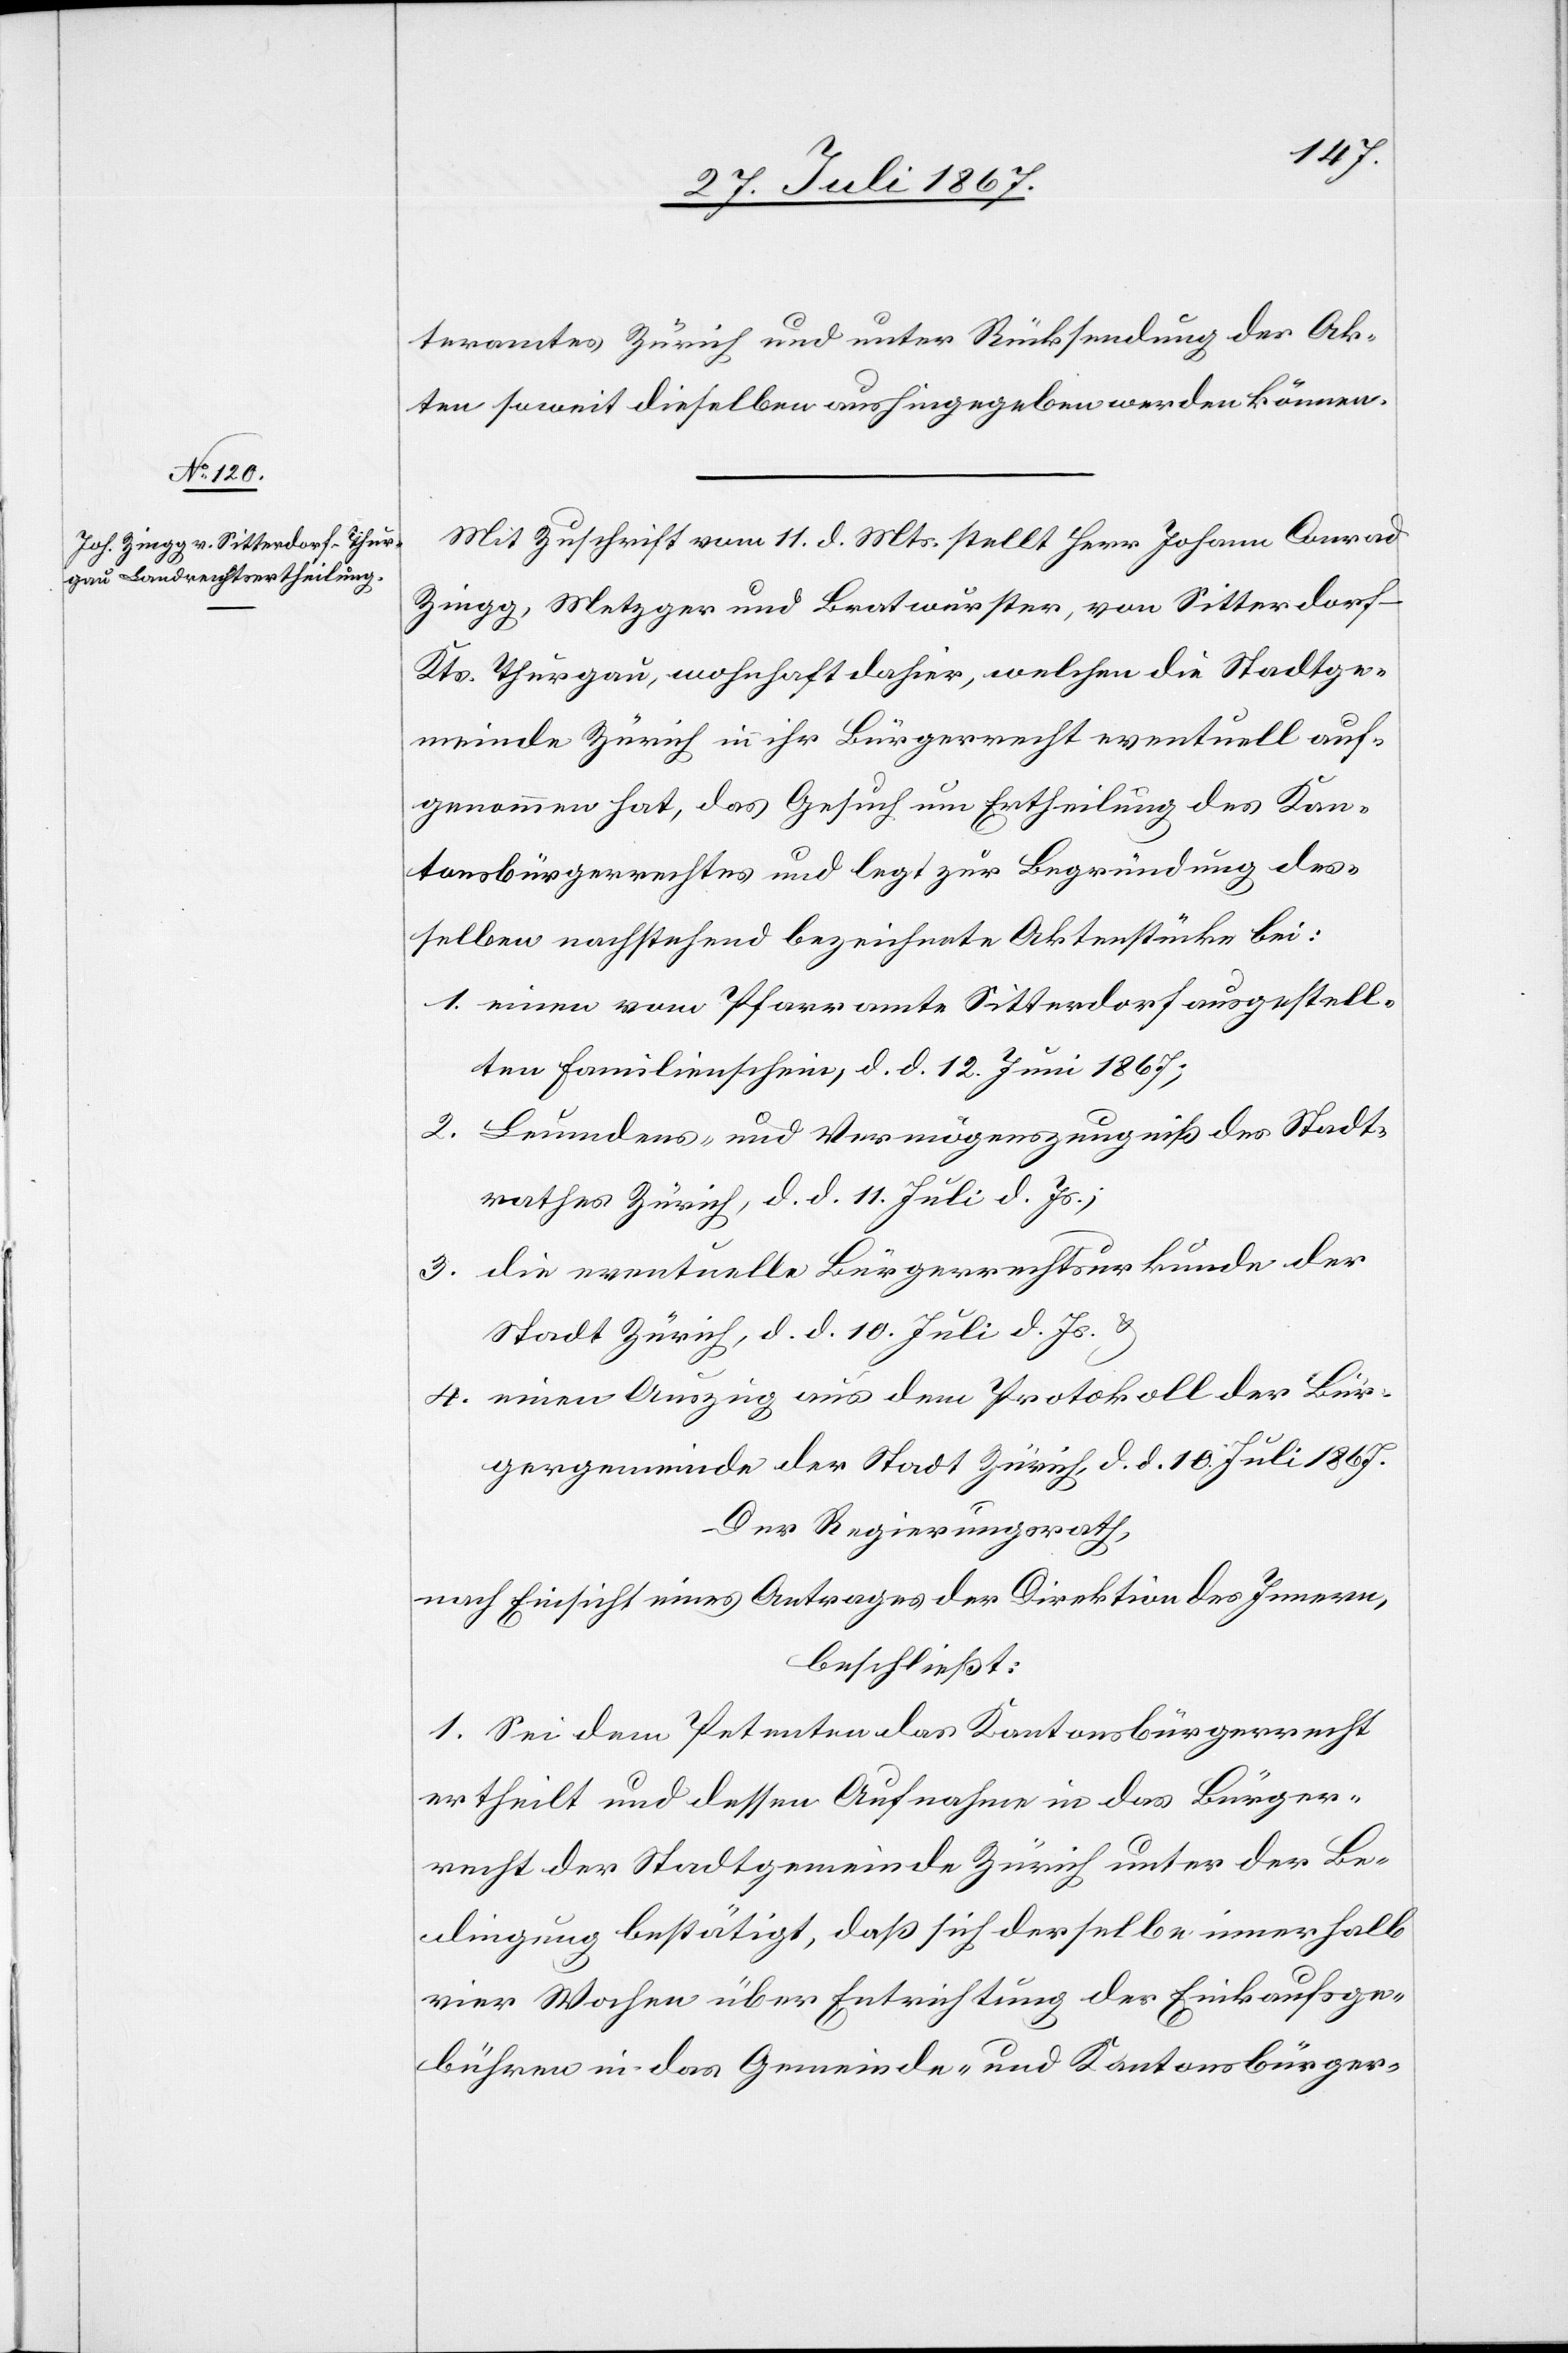
teramtes Zürich und unter Rücksendung der Ak¬
ten soweit dieselben aushingegeben werden können.
Mit Zuschrift vom 11. d. Mts. stellt Herr Johann Conrad
Zingg, Metzger und Bratwurster, von Sitterdorf,
Kts. Thurgau, wohnhaft dahier, welchen die Stadtge¬
meinde Zürich in ihr Bürgerrecht eventuell auf¬
genommen hat, das Gesuch um Ertheilung des Kan¬
tonsbürgerrechtes und legt zur Begründung des¬
selben nachstehend bezeichnete Aktenstücke bei:
1. eine vom Pfarramte Sitterdorf ausgestell¬
ten Familienschein, d. d. 12. Juni 1867;
2. Leumdens- und Vermögenszeugniß des Stadt¬
rathes Zürich, d. d. 11. Juli d. Js.;
3. die eventuelle Bürgerrechtsurkunde der
Stadt Zürich, d. d. 10. Juli d. Js. u.
4. einen Auszug aus dem Protokoll der Bür¬
gergemeinde der Stadt Zürich, d. d. 10. Juli 1867.
Der Regierungsrath,
nach Einsicht eines Antrages der Direktion des Innern,
beschließt:
1. Sei dem Petenten das Kantonsbürgerrecht
ertheilt und dessen Aufnahme in das Bürger¬
recht der Stadtgemeinde Zürich unter der Be¬
dingung bestätigt, daß sich derselbe innerhalb
vier Wochen über Entrichtung der Einkaufsge¬
bühren in das Gemeinde- und Kantonsbürger-